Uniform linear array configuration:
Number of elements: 8
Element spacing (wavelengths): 0.5
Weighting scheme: hann
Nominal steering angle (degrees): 45
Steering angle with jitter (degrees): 45.535
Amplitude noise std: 0.05
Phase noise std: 0.05

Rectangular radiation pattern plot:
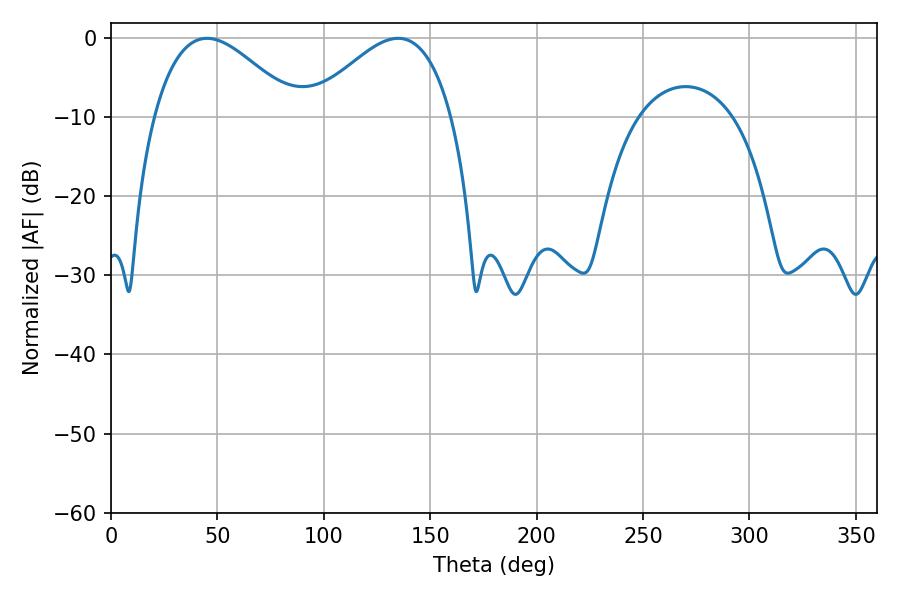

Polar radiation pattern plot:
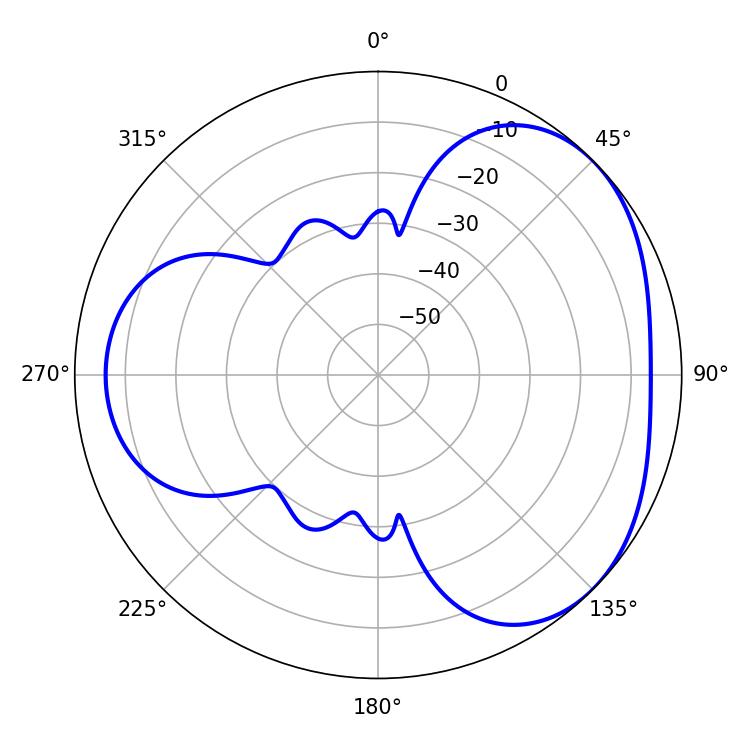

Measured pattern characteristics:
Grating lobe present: FALSE
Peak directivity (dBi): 3.577
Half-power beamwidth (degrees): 36.18
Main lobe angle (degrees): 45.18